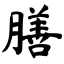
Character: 膳